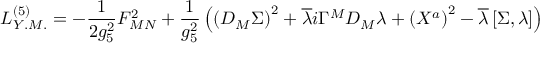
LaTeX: { \cal L } _ { Y . M . } ^ { ( 5 ) } = - \frac { 1 } { 2 g _ { 5 } ^ { 2 } } F _ { M N } ^ { 2 } + \frac { 1 } { g _ { 5 } ^ { 2 } } \left( \left( D _ { M } \Sigma \right) ^ { 2 } + \overline { { { \lambda } } } i \Gamma ^ { M } D _ { M } \lambda + \left( X ^ { a } \right) ^ { 2 } - \overline { { { \lambda } } } \left[ \Sigma , \lambda \right] \right)